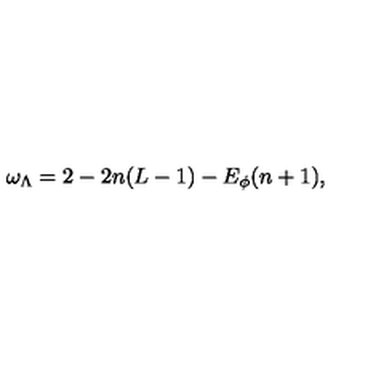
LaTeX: \omega _ { \Lambda } = 2 - 2 n ( L - 1 ) - E _ { \phi } ( n + 1 ) ,